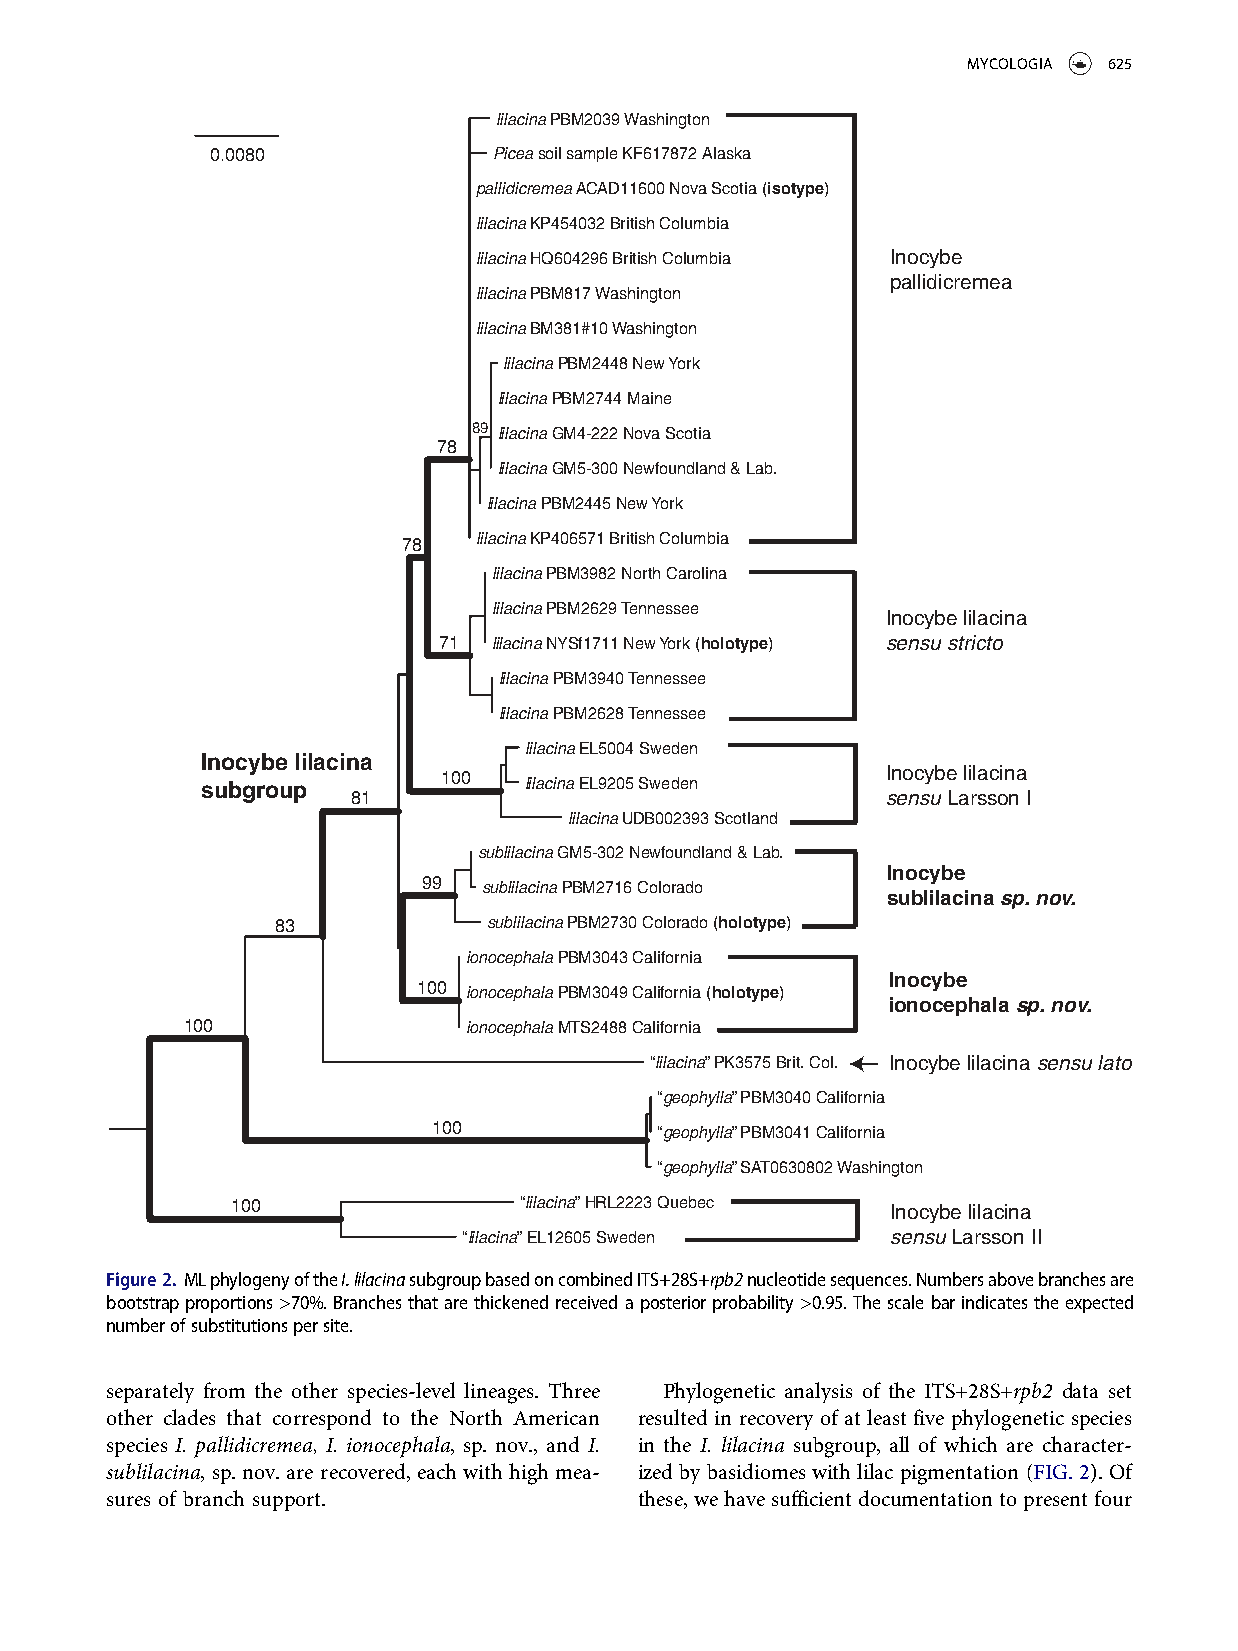
MYCOLOGIA 625
 lilacina PBM2039 Washington
 0.0080             Picea soil sample KF617872 Alaska
 pallidicremea ACAD11600 Nova Scotia (isotype)
 lilacina KP454032 British Columbia
 lilacina HQ604296 British Columbia Inocybe
 pallidicremea
 lilacina PBM817 Washington
 lilacina BM381#10 Washington
 lilacina PBM2448 New York
 lilacina PBM2744 Maine
 89 lilacina GM4-222 Nova Scotia
 78
 lilacina GM5-300 Newfoundland & Lab.
 lilacina PBM2445 New York
 78   lilacina KP406571 British Columbia
 lilacina PBM3982 North Carolina
 lilacina PBM2629 Tennessee
 Inocybe lilacina
 71  lilacina NYSf1711 New York (holotype) sensu stricto
 lilacina PBM3940 Tennessee
 lilacina PBM2628 Tennessee
 lilacina EL5004 Sweden
 Inocybe lilacina
 Inocybe lilacina
 subgroup        100   lilacina EL9205 Sweden
 81                                  sensu Larsson I
 lilacina UDB002393 Scotland
 sublilacina GM5-302 Newfoundland & Lab.
 Inocybe
 99  sublilacina PBM2716 Colorado
 sublilacina sp. nov.
 83            sublilacina PBM2730 Colorado (holotype)
 ionocephala PBM3043 California
 Inocybe
 100 ionocephala PBM3049 California (holotype)
 ionocephala sp. nov.
 100                ionocephala MTS2488 California
 “lilacina” PK3575 Brit. Col. Inocybe lilacina sensu lato
 “geophylla” PBM3040 California
 100            “geophylla” PBM3041 California
 “geophylla” SAT0630802 Washington
 100                “lilacina” HRL2223 Quebec Inocybe lilacina
 “lilacina” EL12605 Sweden   sensu Larsson II
 Figure2. MLphylogenyoftheI.lilacinasubgroupbasedoncombinedITS+28S+rpb2nucleotidesequences.Numbersabovebranchesare
 bootstrapproportions>70%. Branchesthatare thickenedreceivedaposteriorprobability>0.95. Thescale barindicatestheexpected
 numberofsubstitutionspersite.
 separately from the other species-level lineages. Three Phylogenetic analysis of the ITS+28S+rpb2 data set
 other clades that correspond to the North American resulted in recovery of at least five phylogenetic species
 species I. pallidicremea, I. ionocephala, sp. nov., and I. in the I. lilacina subgroup, all of which are character-
 sublilacina, sp. nov. are recovered, each with high mea- ized by basidiomes with lilac pigmentation (FIG. 2). Of
 sures of branch support.           these,wehavesufficientdocumentationtopresentfour